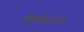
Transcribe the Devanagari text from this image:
सिनसिनाटीचा